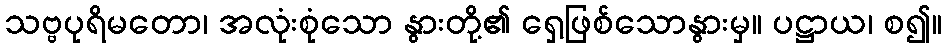
သဗ္ဗပုရိမတော၊ အလုံးစုံသော နွားတို့၏ ရှေ့ဖြစ်သောနွားမှ။ ပဋ္ဌာယ၊ စ၍။